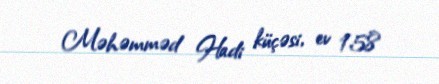
Məhəmməd Hadi küçəsi, ev 158